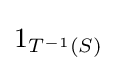
1_{T^{-1}(S)}